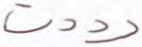
رددت